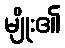
မျိုး၏